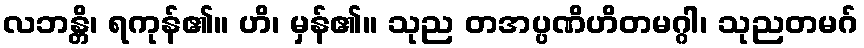
လဘန္တိ၊ ရကုန်၏။ ဟိ၊ မှန်၏။ သုည တအပ္ပဏိဟိတမဂ္ဂါ၊ သုညတမဂ်